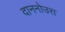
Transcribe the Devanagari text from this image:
दाननोउरा